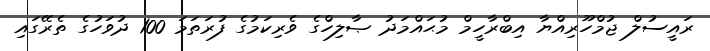
ރައީސުލް ޖުމްހޫރިއްޔާ އިބްރާހީމް މުޙައްމަދު ޞާލިހްގެ ވެރިކަމުގެ ފުރަތަމަ 100 ދުވަހުގެ ތެރޭގައި